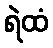
ရဲထံ